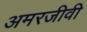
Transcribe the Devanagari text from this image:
अमरजीवी